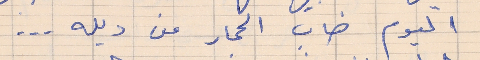
اليوم صاب الحمار من ديله . . .